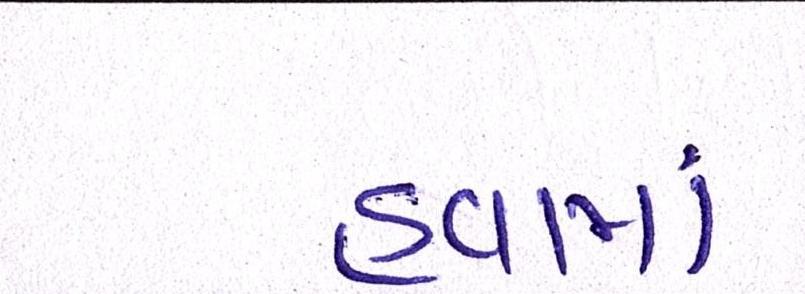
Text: હવામાં